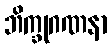
ဘိက္ခုဂဏနာ